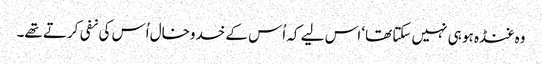
وہ غنڈہ ہو ہی نہیں سکتا تھا‘ اس لیے کہ اُس کے خدوخال اُس کی نفی کرتے تھے۔